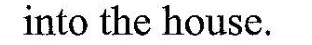
into the house.